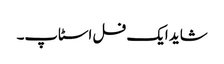
شاید ایک فل اسٹاپ۔